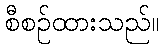
စီစဉ်ထားသည်။